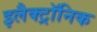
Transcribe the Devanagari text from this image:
इलैक्‍ट्रॉनिक